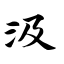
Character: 汲